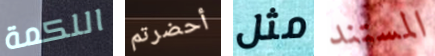
اللكمة أحضرتم مثل المستند